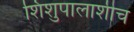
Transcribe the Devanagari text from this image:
शिशुपालाशीच